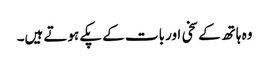
وہ ہاتھ کے سخی اور بات کے پکے ہوتے ہیں۔